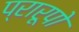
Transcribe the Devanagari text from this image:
प्रारूपो